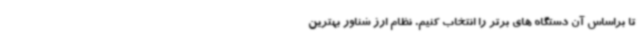
تا براساس آن دستگاه های برتر را انتخاب کنیم. نظام ارز شناور بهترین